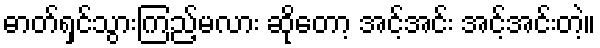
ဓာတ်ရှင်သွားကြည့်မလား ဆိုတော့ အင့်အင်း အင့်အင်းတဲ့။